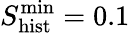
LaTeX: S_{\mathrm{hist}}^{\mathrm{min}}=0.1